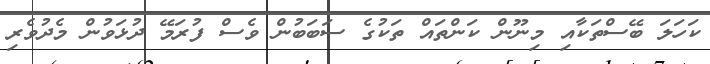
ކަހަލަ ބޭސްތަކާއި މިނޫން ކަންތައް ތަކުގެ ސަބަބުން ވެސް ފުރަމޭ ދުޅަވުން މެދުވެރި